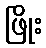
ဖြိုး